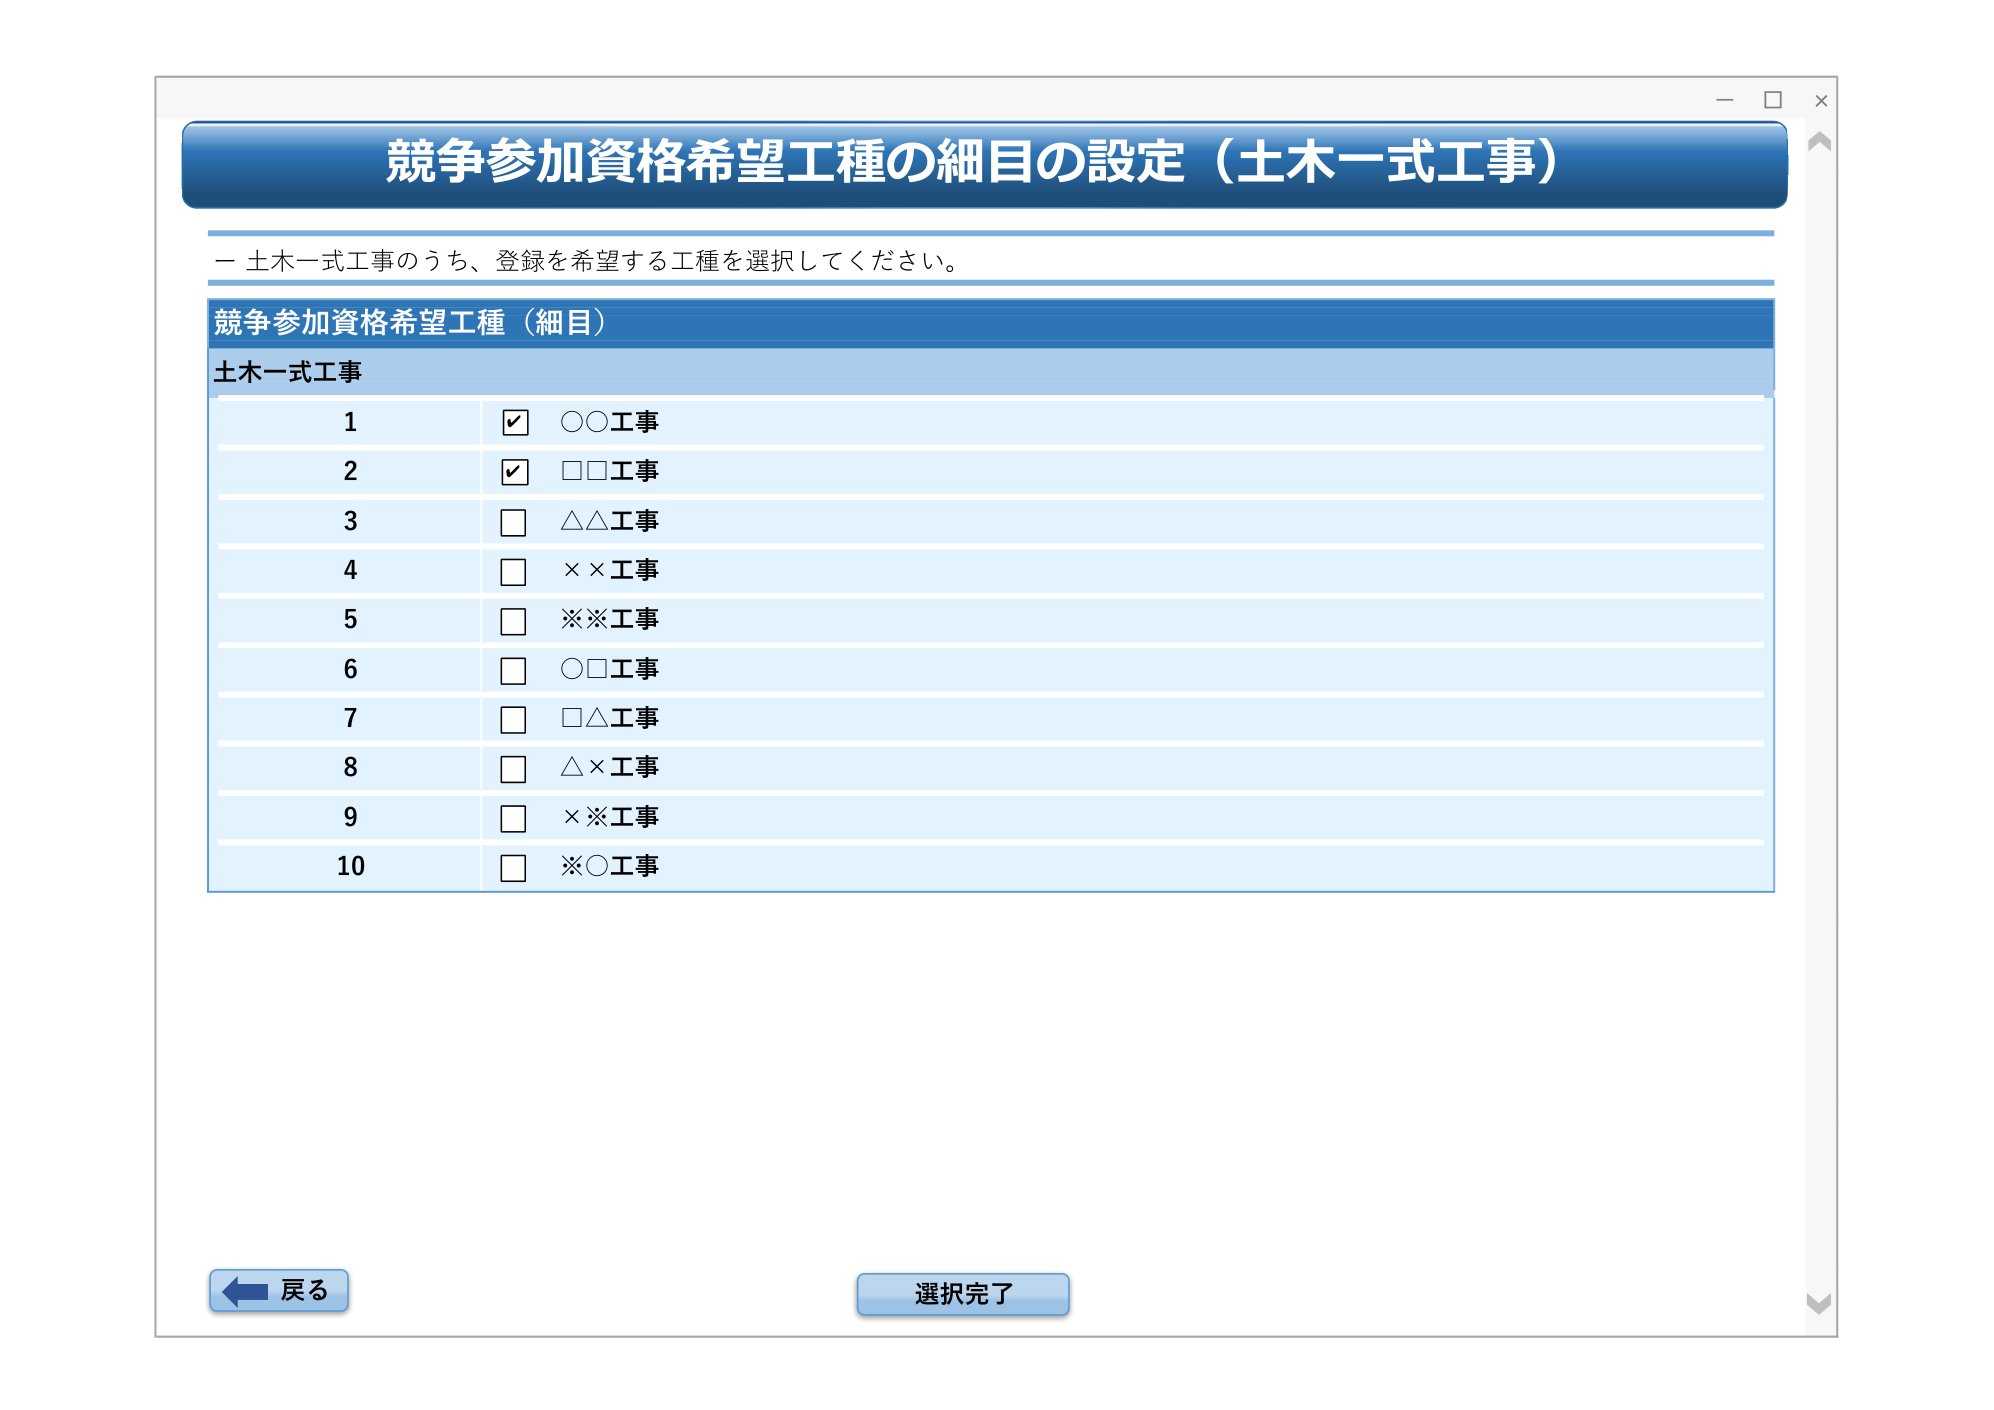
競争参加資格希望工種の細目の設定（土木一式工事）

ー 土木一式工事のうち、登録を希望する工種を選択してください。

競争参加資格希望工種（細目）
土木一式工事
1 ☑ ○○工事
2 ☑ □□工事
3 □ △△工事
4 □ ××工事
5 □ ※※工事
6 □ ○□工事
7 □ □△工事
8 □ △×工事
9 □ ×※工事
10 □ ※○工事

戻る
選択完了